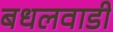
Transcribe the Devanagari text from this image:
बधलवाडी